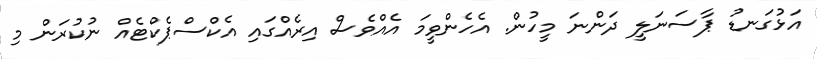
އަޅުގަނޑު ޕާސަނަލީ ދަންނަ މީހުން. އެހެންވީމަ އެއްވެސް އިރެއްގައި އެކްސްޕެކްޓެއް ނުކުރަން މި